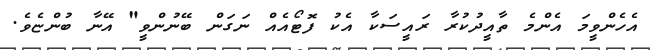
އެހެންވީމަ އެންމެ ތާއީދުކުރާ ރައީސަކާ އެކު ފޮޓޯއެއް ނަގަން ބޭނުންވީ" އޭނާ ބުންޏެވެ.